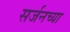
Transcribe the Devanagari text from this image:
सर्जनच्या